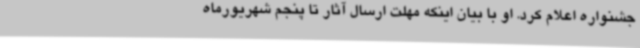
جشنواره اعلام کرد. او با بیان اینکه مهلت ارسال آثار تا پنجم شهریورماه